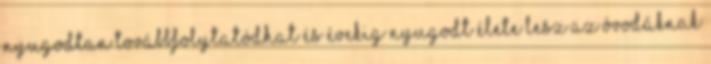
nyugodtan továbbfolytatódhat és évekig nyugodt élete lesz az óvodáknak